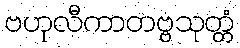
ဗဟုလီကာတဗ္ဗသုတ္တံ